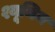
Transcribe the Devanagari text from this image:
श्यूमिन